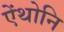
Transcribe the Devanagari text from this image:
ऐंथोनि